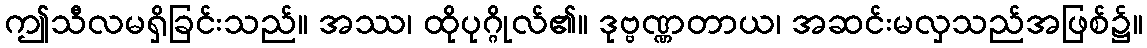
ဤသီလမရှိခြင်းသည်။ အဿ၊ ထိုပုဂ္ဂိုလ်၏။ ဒုဗ္ဗဏ္ဏတာယ၊ အဆင်းမလှသည်အဖြစ်၌။